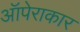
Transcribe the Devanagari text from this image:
ऑपेराकार